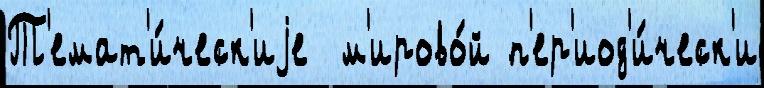
Т'емат'и́ческ'иjе  м'ирово́й п'ер'иод'и́ческ'и